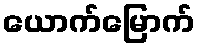
ယောက်မြောက်